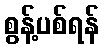
စွန့်ပစ်ရန်